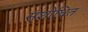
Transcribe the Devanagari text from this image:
स्ंशोधित